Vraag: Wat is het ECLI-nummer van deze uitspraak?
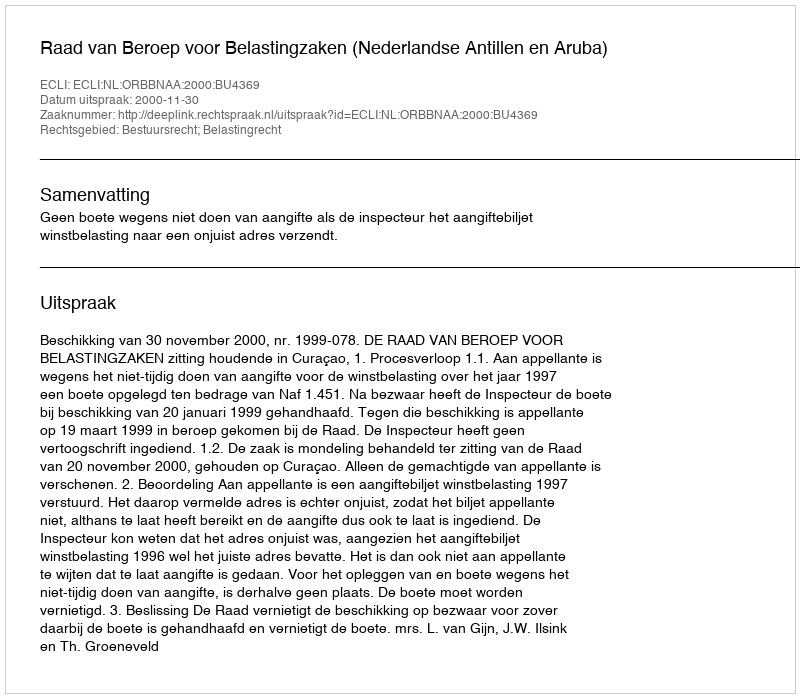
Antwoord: ECLI:NL:ORBBNAA:2000:BU4369